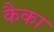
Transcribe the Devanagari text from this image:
कैका